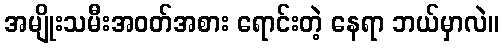
အမျိုးသမီးအဝတ်အစား ရောင်းတဲ့ နေရာ ဘယ်မှာလဲ။